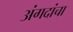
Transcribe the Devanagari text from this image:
अंगदांचा